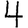
Digit: 4